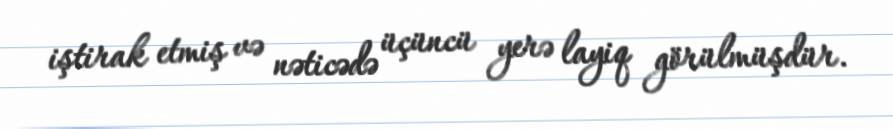
iştirak etmiş və nəticədə üçüncü yerə layiq görülmüşdür.